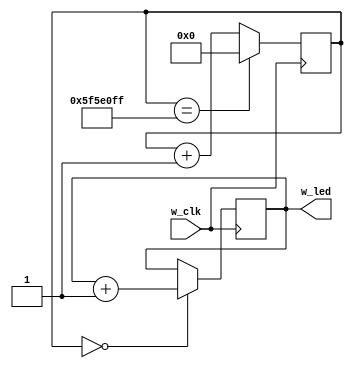
/**************************************************************************/
/* code057.v                          For CSC.T341 CLD Archlab TOKYO TECH */
/**************************************************************************/
module m_main (w_clk, w_led);
  input  wire w_clk;
  output wire [3:0]  w_led;

  reg [3:0]  r_out = 4'b0000;
  reg [31:0] r_cnt = 0;
  always@(posedge w_clk) begin
    r_cnt <= (r_cnt==99999999) ? 0 : r_cnt + 1;
    r_out <= (r_cnt==0) ? r_out + 1 : r_out;
  end
  assign w_led = r_out;
  // vio_0 vio_00(w_clk, w_led[3], w_led[2], w_led[1], w_led[0]);
endmodule